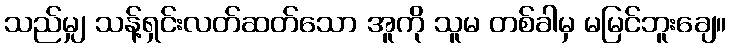
သည်မျှ သန့်ရှင်းလတ်ဆတ်သော အူကို သူမ တစ်ခါမှ မမြင်ဘူးချေ။